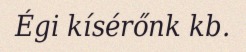
Égi kísérőnk kb.